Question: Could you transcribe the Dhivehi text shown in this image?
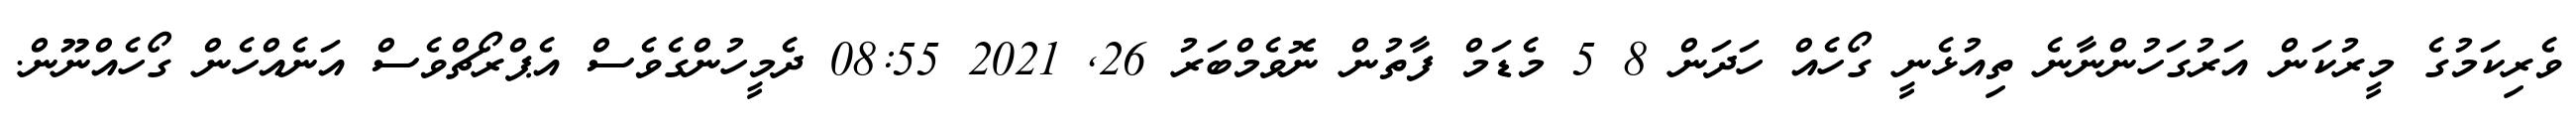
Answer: ވެރިކަމުގެ މީރުކަން އަރުގަހުންނާނެ ތިއުޅެނީ ގޯހެއް ހަދަން 8 5 މެޑަމް ފާތުން ނޮވެމްބަރު 26, 2021 08:55 ދެމީހުންގެވެސް އެޕްރޯޗްވެސް އަނެއްހެން ގޯހެއްނޫން.